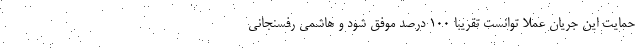
حمایت این جریان عملا توانست تقریبا ۱۰۰ درصد موفق شود و هاشمی رفسنجانی